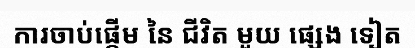
ការចាប់ផ្តើម នៃ ជីវិត មួយ ផ្សេង ទៀត